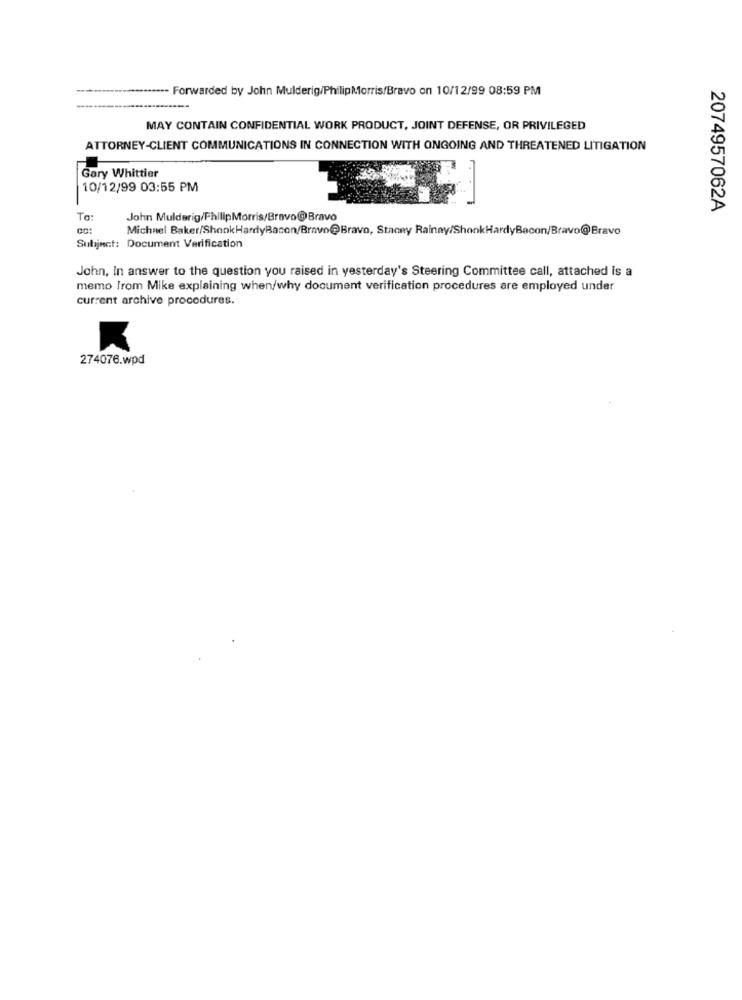
Forwarded by John Mulderig/PhilipMorris/Bravo on 10/12/99 08:59 PM
MAY CONTAIN CONFIDENTIAL WORK PRODUCT, JOINT DEFENSE, OR PRIVILEGED
ATTORNEY-CLIENT COMMUNICATIONS IN CONNECTION WITH ONGOING AND THREATENED LITIGATION
Gary Whittier
10/12/99 03:55 PM
2074957062A
To:
John Mulderig/PhilipMorris/Bravo@Bravo
Michael Baker/ShookHardyBacon/Bravo@Bravo, Stacey Rainay/ShankHardyBacon/Bravo@Bravo
Subject: Document Verification
John, In answer to the question you raised in yesterday's Steering Committee call, attached is a
memo from Mike explaining when/why document verification procedures are employed under
current archive procedures.
274076.wpd